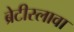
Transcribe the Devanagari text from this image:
ब्रेटीस्लावा